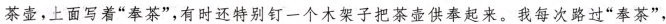
茶壶，上面写着“奉茶”，有时还特别钉一个木架子把茶壶供奉起来。我每次路过“奉茶”